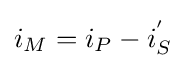
i_{M}=i_{P}-i_{S}^{'}